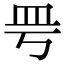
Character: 𥀿